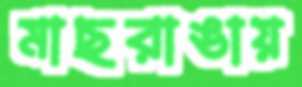
মাছরাঙায়